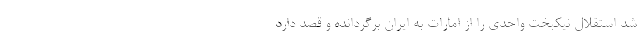
شد استقلال نیکبخت واحدی را از امارات به ایران برگردانده و قصد دارد